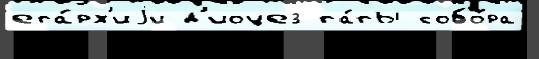
епа́рх'иjи д'иоцез па́пы собо́ра